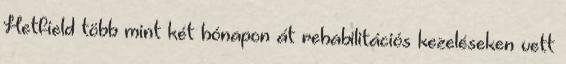
Hetfield több mint két hónapon át rehabilitációs kezeléseken vett